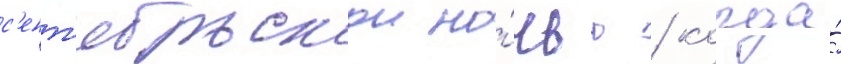
с'ент'ябрьскои но́чью / когда́